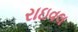
રાઇવલ